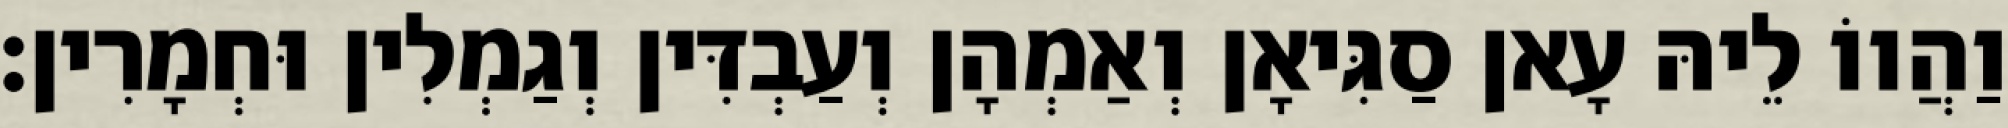
וַהֲווֹ לֵיהּ עָאן סַגִּיאָן וְאַמְהָן וְעַבְדִּין וְגַמְלִין וּחְמָרִין׃